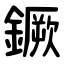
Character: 鐝